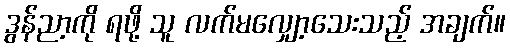
ဒွန်ညာ့ကို ရဖို့ သူ လက်မလျှော့သေးသည့် အချက်။